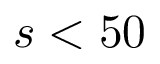
s < 5 0